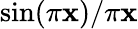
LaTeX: \sin(\pi\mathbf{x})/\pi\mathbf{x}